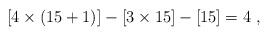
LaTeX: \begin{align*}[4 \times (15+1)] - [3\times 15] -[15] = 4 \ ,\end{align*}